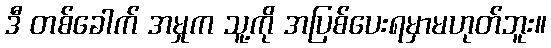
ဒီ တစ်ခေါက် အမှုက သူ့ကို အပြစ်ပေးရမှာမဟုတ်ဘူး။